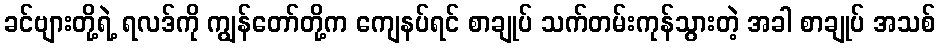
ခင်ဗျားတို့ရဲ့ ရလဒ်ကို ကျွန်တော်တို့က ကျေနပ်ရင် စာချုပ် သက်တမ်းကုန်သွားတဲ့ အခါ စာချုပ် အသစ်